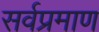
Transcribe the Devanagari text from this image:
सर्वप्रमाण